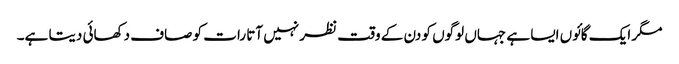
مگر ایک گائوں ایسا ہے جہاں لوگوں کو دن کے وقت نظر نہیں آتا رات کو صاف دکھائی دیتا ہے۔